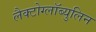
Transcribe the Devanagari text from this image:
लैक्टोग्लॉब्युलिन